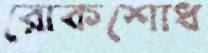
রোকশোধ